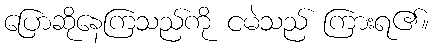
ပြောဆိုနေကြသည်ကို ငမဲသည် ကြားရ၏။